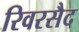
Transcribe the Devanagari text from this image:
रिवरसैद